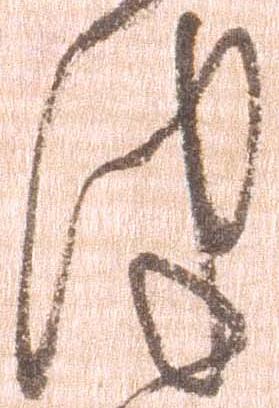
津